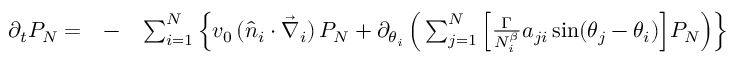
\begin{array} { r l r } { \partial _ { t } P _ { N } = } & { - } & { \sum _ { i = 1 } ^ { N } \Big \{ v _ { 0 } \, ( \hat { n } _ { i } \cdot \vec { \nabla } _ { i } ) \, P _ { N } + \partial _ { \theta _ { i } } \, \Big ( \sum _ { j = 1 } ^ { N } \Big [ { \frac { \Gamma } { N _ { i } ^ { \beta } } } a _ { j i } \, \mathrm { s i n } ( \theta _ { j } - \theta _ { i } ) \Big ] P _ { N } \Big ) \Big \} } \end{array}